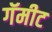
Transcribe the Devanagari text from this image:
गॅमीट